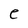
Character: e